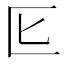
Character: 𭅔